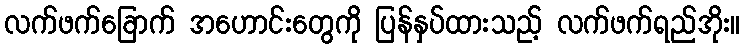
လက်ဖက်ခြောက် အဟောင်းတွေကို ပြန်နှပ်ထားသည့် လက်ဖက်ရည်အိုး။